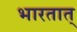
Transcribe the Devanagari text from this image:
भारतात्